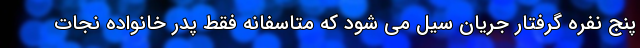
پنج نفره گرفتار جریان سیل می شود که متاسفانه فقط پدر خانواده نجات